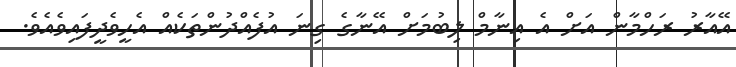
އޭއާރު ރަހްމާން އަށް އެ އިނާމް ލިބުމަށް އޭނާގެ ގިނަ އުފެއްދުންތަކެއް އެހީވެދީފައިވެއެވެ.